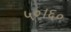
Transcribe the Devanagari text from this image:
५०।६०